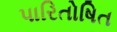
પારિતોષિત